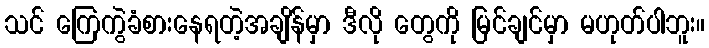
သင် ကြေကွဲခံစားနေရတဲ့အချိန်မှာ ဒီလို တွေကို မြင်ချင်မှာ မဟုတ်ပါဘူး။